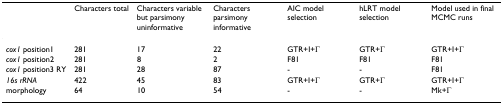
<table><thead><tr><td></td><td><b>Characters total</b></td><td><b>Characters variable but parsimony uninformative</b></td><td><b>Characters parsimony informative</b></td><td><b>AIC model selection</b></td><td><b>hLRT model selection</b></td><td><b>Model used in final MCMC runs</b></td></tr></thead><tbody><tr><td><i>cox1 </i>position1</td><td>281</td><td>17</td><td>22</td><td>GTR+I+Γ</td><td>GTR+Γ</td><td>GTR+I+Γ</td></tr><tr><td><i>cox1 </i>position2</td><td>281</td><td>8</td><td>2</td><td>F81</td><td>F81</td><td>F81</td></tr><tr><td><i>cox1 </i>position3 RY</td><td>281</td><td>28</td><td>87</td><td>-</td><td>-</td><td>F81</td></tr><tr><td><i>16s rRNA</i></td><td>422</td><td>45</td><td>83</td><td>GTR+I+Γ</td><td>GTR+Γ</td><td>GTR+I+Γ</td></tr><tr><td>morphology</td><td>64</td><td>10</td><td>54</td><td>-</td><td>-</td><td>Mk+Γ</td></tr></tbody></table>